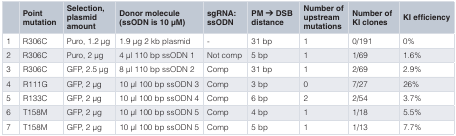
<table><thead><tr><td></td><td><b>Pointmutation</b></td><td><b>Selection,plasmidamount</b></td><td><b>Donor molecule(ssODN is 10 μM)</b></td><td><b>sgRNA:ssODN</b></td><td><b>PM ➔ DSBdistance</b></td><td><b>Number ofupstreammutations</b></td><td><b>Number ofKI clones</b></td><td><b>KI efficiency</b></td></tr></thead><tbody><tr><td>1</td><td>R306C</td><td>Puro, 1.2 μg</td><td>1.9 μg 2 kb plasmid</td><td>-</td><td>31 bp</td><td>1</td><td>0/191</td><td>0%</td></tr><tr><td>2</td><td>R306C</td><td>Puro, 2 μg</td><td>4 μl 110 bp ssODN 1</td><td>Not comp</td><td>5 bp</td><td>1</td><td>1/69</td><td>1.6%</td></tr><tr><td>3</td><td>R306C</td><td>GFP, 2.5 μg</td><td>8 μl 110 bp ssODN 2</td><td>Comp</td><td>31 bp</td><td>1</td><td>2/69</td><td>2.9%</td></tr><tr><td>4</td><td>R111G</td><td>GFP, 2 μg</td><td>10 μl 100 bp ssODN 3</td><td>Comp</td><td>3 bp</td><td>0</td><td>7/27</td><td>26%</td></tr><tr><td>5</td><td>R133C</td><td>GFP, 2 μg</td><td>10 μl 100 bp ssODN 4</td><td>Comp</td><td>6 bp</td><td>2</td><td>2/54</td><td>3.7%</td></tr><tr><td>6</td><td>T158M</td><td>GFP, 2 μg</td><td>10 μl 100 bp ssODN 5</td><td>Comp</td><td>4 bp</td><td>1</td><td>1/18</td><td>5.5%</td></tr><tr><td>7</td><td>T158M</td><td>GFP, 2 μg</td><td>10 μl 100 bp ssODN 5</td><td>Comp</td><td>5 bp</td><td>1</td><td>1/13</td><td>7.7%</td></tr></tbody></table>